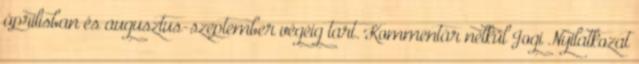
áprilisban és augusztus-szeptember végéig tart. Kommentár nélkül Jogi Nyilatkozat